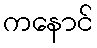
ကနောင်